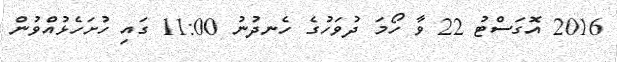
2016 އޮގަސްޓު 22 ވާ ހޯމަ ދުވަހުގެ ހެނދުނު 11:00 ގައި ހުށަހެޅުއްވުން